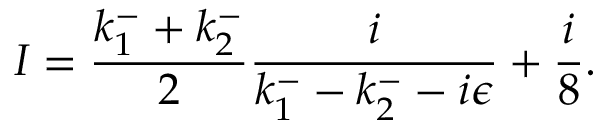
I = \frac { k _ { 1 } ^ { - } + k _ { 2 } ^ { - } } { 2 } \frac { i } { k _ { 1 } ^ { - } - k _ { 2 } ^ { - } - i \epsilon } + \frac { i } { 8 } .